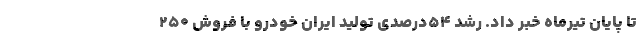
تا پایان تیرماه خبر داد. رشد ۵۴درصدی تولید ایران خودرو با فروش ۲۵۰